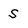
Character: S